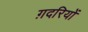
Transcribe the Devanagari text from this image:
ग़दरियों